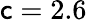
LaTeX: \mathsf{c}=2.6